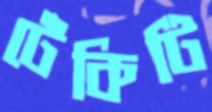
ঢেঁকিটি